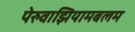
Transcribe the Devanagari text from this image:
पेरुवाझियामबलम